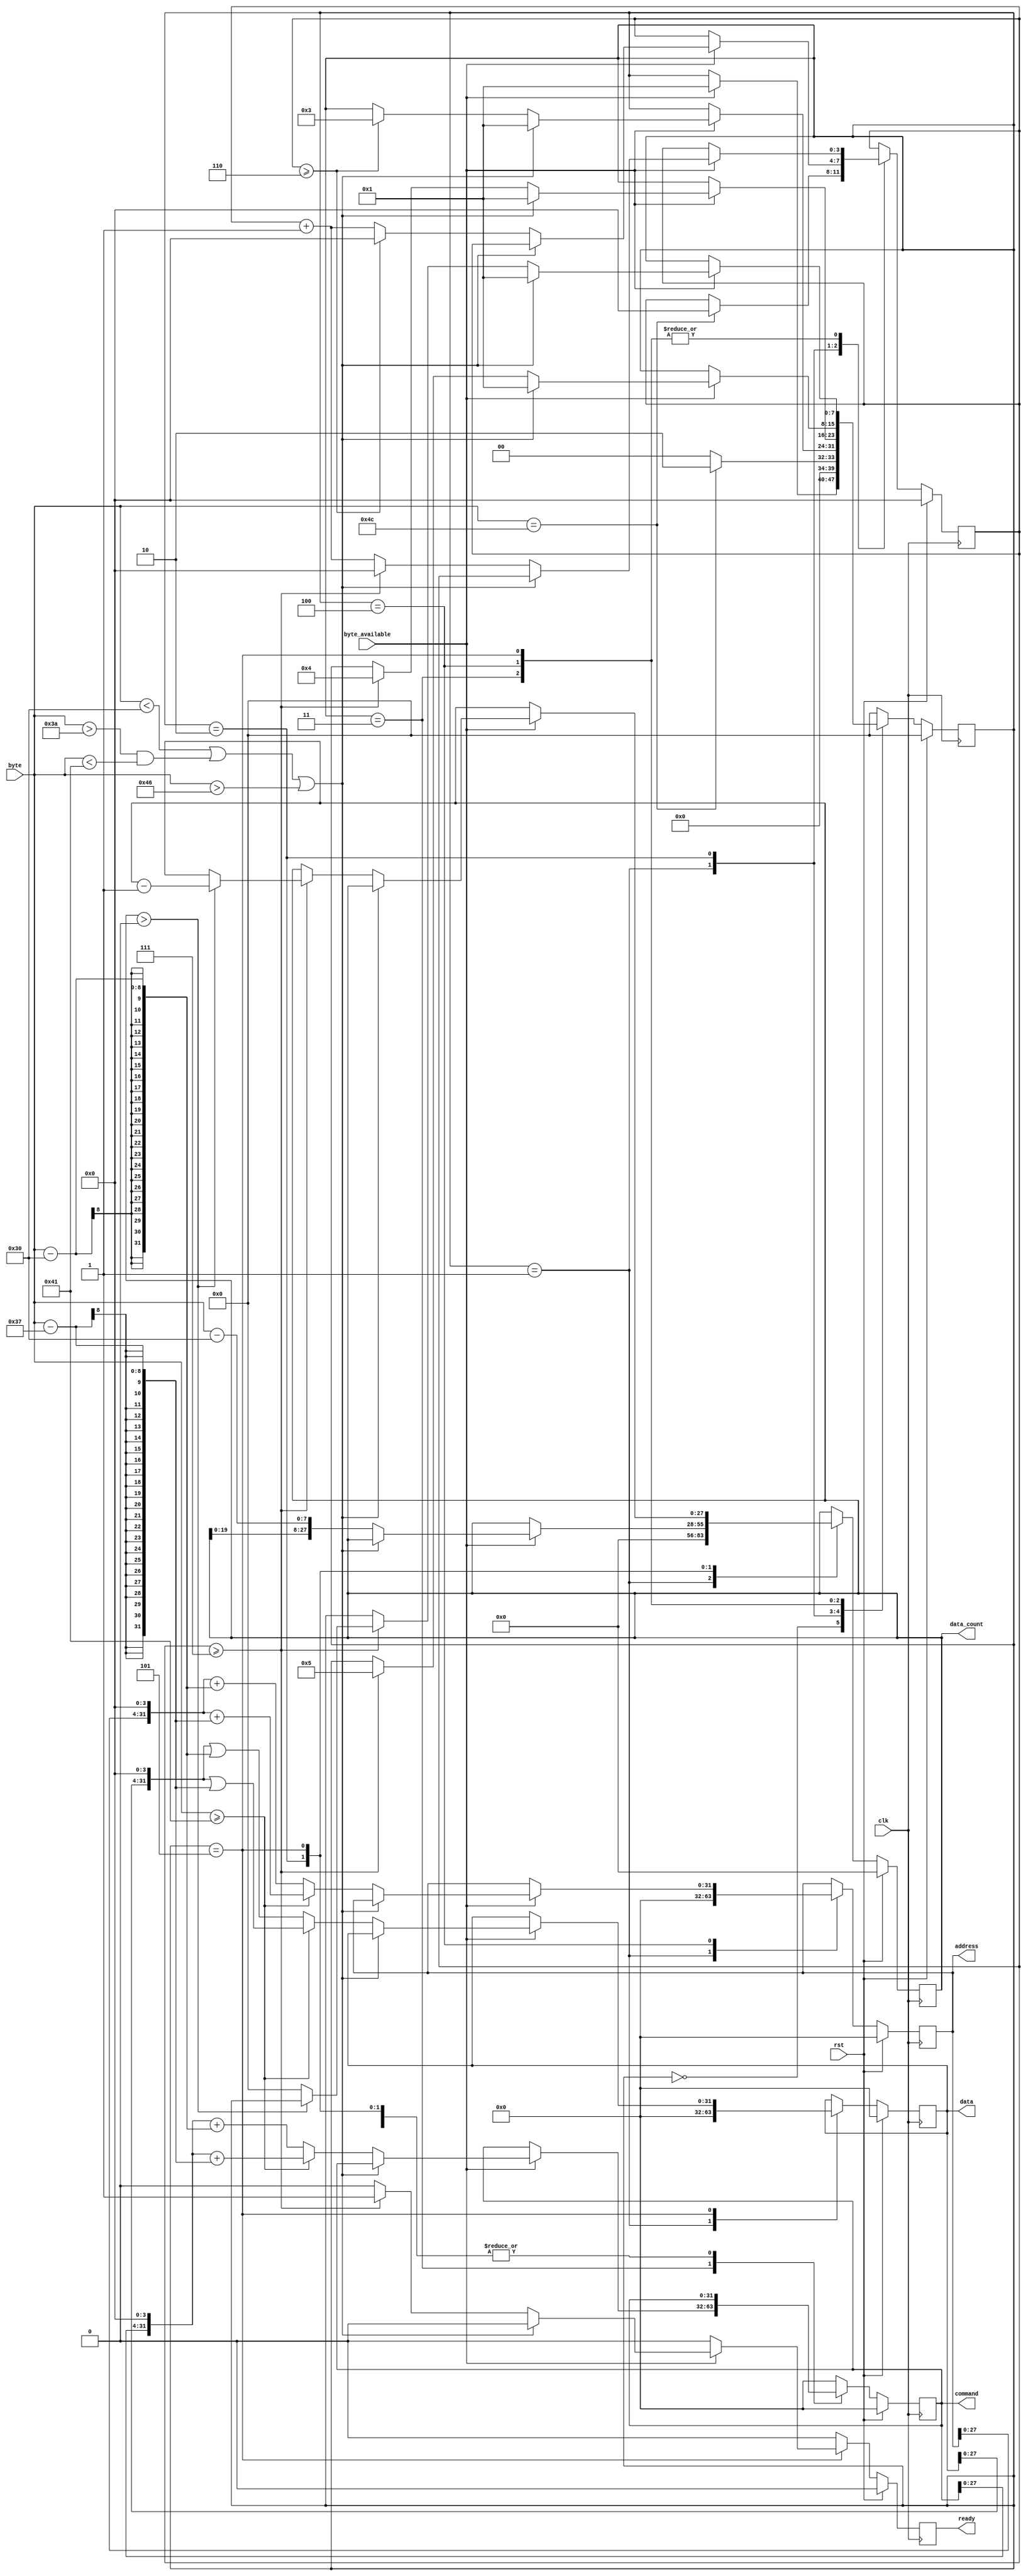
//uart_input_handler.v
/*
Distributed under the MIT licesnse.
Copyright (c) 2011 Dave McCoy (dave.mccoy@cospandesign.com)

Permission is hereby granted, free of charge, to any person obtaining a copy of
this software and associated documentation files (the "Software"), to deal in 
the Software without restriction, including without limitation the rights to 
use, copy, modify, merge, publish, distribute, sublicense, and/or sell copies 
of the Software, and to permit persons to whom the Software is furnished to do 
so, subject to the following conditions:

The above copyright notice and this permission notice shall be included in all 
copies or substantial portions of the Software.

THE SOFTWARE IS PROVIDED "AS IS", WITHOUT WARRANTY OF ANY KIND, EXPRESS OR 
IMPLIED, INCLUDING BUT NOT LIMITED TO THE WARRANTIES OF MERCHANTABILITY, 
FITNESS FOR A PARTICULAR PURPOSE AND NONINFRINGEMENT. IN NO EVENT SHALL THE 
AUTHORS OR COPYRIGHT HOLDERS BE LIABLE FOR ANY CLAIM, DAMAGES OR OTHER 
LIABILITY, WHETHER IN AN ACTION OF CONTRACT, TORT OR OTHERWISE, ARISING FROM, 
OUT OF OR IN CONNECTION WITH THE SOFTWARE OR THE USE OR OTHER DEALINGS IN THE 
SOFTWARE.
*/


module uart_input_handler(
    clk,
    rst,
    byte_available,
    byte,
    command,
	address,
    data,
    ready,
    data_count,
);

//incomming signals
input clk;
input rst;
input byte_available;
input [7:0]byte;

//outgoing control
output reg [31:0] command;
output reg [31:0] address;
output reg [31:0] data;
output reg ready;
output reg [27:0]  data_count;

//STATES
parameter IDLE             = 8'h0;
parameter READ_ID          = 8'h1;
parameter READ_DATA_COUNT  = 8'h2;
parameter READ_CONTROL     = 8'h3;
parameter READ_ADDRESS   	 = 8'h4;
parameter READ_DATA        = 8'h5;

parameter CHAR_L 				= 8'h4C;

parameter CHAR_0 				= 8'h30;
parameter CHAR_HEX_OFFSET 		= 8'h37;
parameter CHAR_A				= 8'h41;
parameter CHAR_F				= 8'h46;

//Registers
reg [7:0]  state;

//reg r_low_byte          	= 0;
reg [3:0] nibble_count;
reg [15:0] r_count;


reg send_first_data;
//Wire

//Assign

//Synchronous
always @ (posedge clk) begin

	ready	<= 0;
    if (rst) begin
        command     	<= 32'h0000;
		address			<= 32'h0000;
		data			<= 32'h0000;
        state     	    <= IDLE;
		nibble_count	<= 4'h0;
        //r_low_byte    <= 0;
		ready		    <= 0;
        data_count      <= 24'h0;
        send_first_data <= 0;
    end
    else begin
        //main state machine goes here
        case (state)
            IDLE: begin
				ready			<= 0;
                if (byte_available) begin
                    state     <= READ_ID;
                end
            end
            READ_ID: begin
                //$display ("read id");
                //putting this here lets master hold onto the data for
                //a longer time
                command			<= 32'h0000;
				address			<= 32'h0000;
				data			<= 32'h0000;
                data_count      <= 24'h000;
                send_first_data <= 1;
                if (byte == CHAR_L) begin
                    //read the first of byte
                    state     	<= READ_DATA_COUNT;
					nibble_count	<= 4'h0;
                end
                else begin
                    state 		<= IDLE;
                end
			end

            READ_DATA_COUNT: begin
                if (byte_available) begin
                    if ((byte < CHAR_0) ||
                        (( byte > CHAR_0 + 10) && (byte < CHAR_A)) ||
                        (byte > CHAR_F)) begin
                        //invalid character go back to READ_ID
                        state     <= READ_ID;
                    end
                    else begin
                        //valid character
                        if (byte >= CHAR_A) begin
                            //A - F
                            data_count  <= {data_count[19:0], byte - CHAR_0}; 
                        end
                        else begin
                            data_count  <= {data_count[19:0], byte - CHAR_0};
                        end
                        if (nibble_count >= 6) begin
                            nibble_count    <= 4'h0;
                            state   <= READ_CONTROL;
                        end
                        else begin
                            nibble_count <= nibble_count + 1;
                        end
                    end
                end
                
				//nibble_count	<= 4'h0;
            end
            READ_CONTROL: begin
                if (byte_available) begin
                    if ((byte < CHAR_0) || 
						((byte > CHAR_0 + 10) && (byte < CHAR_A)) || 
						(byte > CHAR_F)) begin
						/*
						something went wront reset... this code could be put
						outside all of the states, but within the state its
						easier to understand the code
						*/
                        state    <=    READ_ID;
                    end
                    else begin
					/*
						read a byte, increment the count and put data into the
						command register MSB first
						*/
						if (byte >= CHAR_A) begin
							//A - F value
							command 		<= (command[31:0] << 4) + (byte - CHAR_HEX_OFFSET);
						end
						else begin
							//0-9 value
							command 		<= (command[31:0] << 4) + (byte - CHAR_0);
						end
						nibble_count 	<= nibble_count + 1;	

						if (nibble_count >= 7) begin
							state			<= READ_ADDRESS;
							nibble_count 	<= 4'h0;
						end
	
                    end
                end
            end
            READ_ADDRESS: begin
                //read the size
                if (byte_available) begin

                    if ((byte < CHAR_0) || 
						((byte > CHAR_0 + 10) && (byte < CHAR_A)) || 
						(byte > CHAR_F)) begin
						/*
						something went wront reset... this code could be put
						outside all of the states, but within the state its
						easier to understand the code
						*/
                        state    <=    READ_ID;
                    end
                    else begin
						if (byte >= CHAR_A) begin
							//A - F value
							address 		<= (address[31:0] << 4) + (byte - CHAR_HEX_OFFSET);
						end
						else begin
							//0-9 value
							address 		<= (address[31:0] << 4) + (byte - CHAR_0);
						end
				
						nibble_count 	<= nibble_count + 1;
					
						if (nibble_count >= 7) begin
							state			<= READ_DATA;
							nibble_count 	<= 4'h0;
						end
                    end                
                end
            end
            READ_DATA : begin
                if (byte_available) begin

					if ((byte < CHAR_0) || 
						((byte > CHAR_0 + 10) && (byte < CHAR_A)) || 
						(byte > CHAR_F)) begin
						/*
						something went wront reset... this code could be put
						outside all of the states, but within the state its
						easier to understand the code
						*/
                        state    <=    READ_ID;
                    end
                    else begin
						if (byte >= CHAR_A) begin
							//A - F value
							data 		<= (data[31:0] << 4 | (byte - CHAR_HEX_OFFSET));
						end
						else begin
							//0-9 value
							data 		<= (data[31:0] << 4 |  (byte - CHAR_0));
						end

						if (nibble_count >= 7) begin
                            if (data_count > 0) begin
                                data_count = data_count - 1;
                            end
                            else begin
							    state			<= IDLE;
                            end
                            nibble_count        <= 4'h0;
                            ready               <= 1;
						end
                        else begin
						    nibble_count	<= nibble_count + 1;
                        end
                    end
                end
            end
            default: begin
                command         <= 8'h0;
                state         <= IDLE;
            end
        endcase
    end
end
endmodule